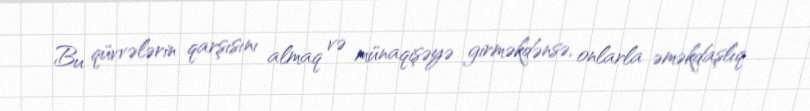
Bu qüvvələrin qarşısını almaq və münaqişəyə girməkdənsə, onlarla əməkdaşlıq